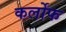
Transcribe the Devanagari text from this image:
कर्लोफ